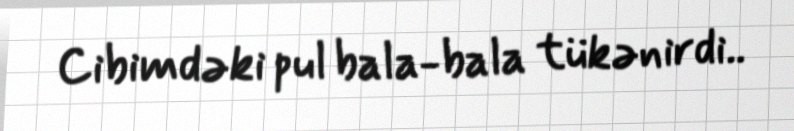
Cibimdəki pul bala-bala tükənirdi..